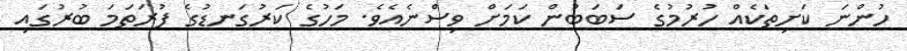
ހުންނަ ކަށިތަކެއް ހުރުމުގެ ސަބަބުން ކަމަށް ވިސްނެއެވެ. މަހުގެ ކަރުގަނޑުގެ ފުރަތަމަ ބުރުގައި